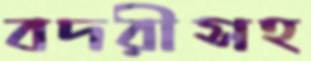
বদরীসহ